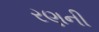
રણની